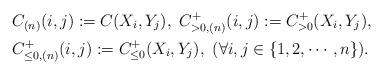
LaTeX: \begin{align*}&C_{(n)}(i,j):=C(X_i,Y_j),\ C^+_{>0,(n)}(i,j):=C_{>0}^+(X_i,Y_j),\\& C^+_{\le 0,(n)}(i,j):=C_{\le 0}^+(X_i,Y_j),\ (\forall i,j\in \{1,2,\cdots,n\}).\end{align*}